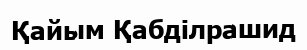
Қайым Қабділрашид